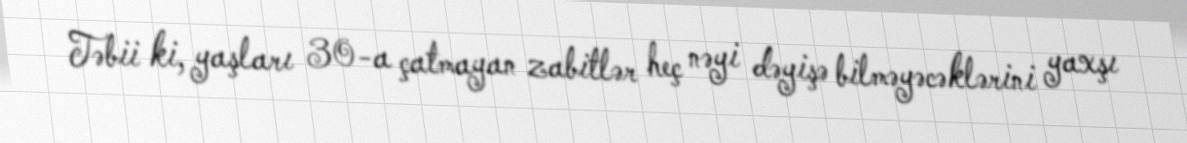
Təbii ki, yaşları 30-a çatmayan zabitlər heç nəyi dəyişə bilməyəcəklərini yaxşı